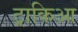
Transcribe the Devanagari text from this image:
ट्राकिआ